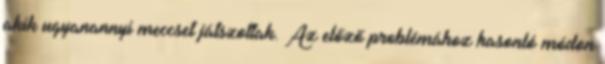
akik ugyanannyi meccset játszottak. Az előző problémához hasonló módon